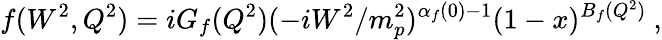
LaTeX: f(W^{2},Q^{2})=iG_{f}(Q^{2})(-iW^{2}/m_{p}^{2})^{\alpha_{f}(0)-1}(1-x)^{B_{f}(Q^{2})}\ ,